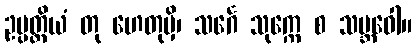
ဥပ္ပတ္တိယံ တု ဟေတုမှိ၊ သင်္ဂေ သုက္ကေ စ သမ္ဘဝေါ။